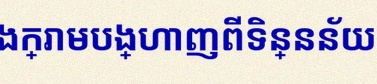
តារាងខាងក្រោមបង្ហាញពីទិន្នន័យ